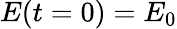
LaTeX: E(t=0)=E_{0}